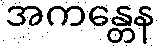
အကန္တေန